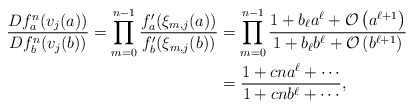
\begin{align*}\begin{aligned}\frac {Df_{a}^{n}(v_j(a))}{Df_{b}^{n}(v_j(b))} = \prod_{m=0}^{n-1}\frac{f'_{a}(\xi_{m,j}(a))}{f'_{b}(\xi_{m,j}(b))}&=\prod_{m=0}^{n-1}\frac{1+b_{\ell} a^{\ell}+ \mathcal{O}\left(a^{\ell+1}\right)}{1+b_{\ell} b^{\ell}+ \mathcal{O}\left(b^{\ell+1}\right)}\\&=\frac{1+cn a^{\ell}+\cdots}{1+cn b^{\ell}+\cdots},\end{aligned}\end{align*}